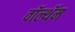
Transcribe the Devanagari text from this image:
वॉल्थॅम